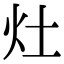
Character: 灶